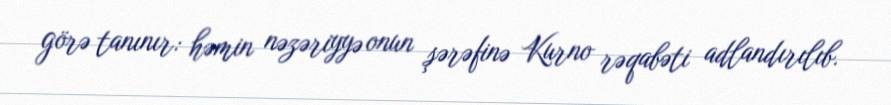
görə tanınır: həmin nəzəriyyə onun şərəfinə Kurno rəqabəti adlandırılıb.